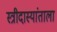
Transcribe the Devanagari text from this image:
स्त्रीदास्यांताला